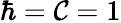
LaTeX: \hbar=\mathcal{C}=1